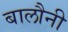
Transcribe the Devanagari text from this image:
बालौनी